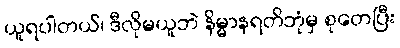
ယူရပါတယ်၊ ဒီလိုမယူဘဲ နိမ္မာနရတိဘုံမှ စုတေပြီး